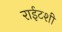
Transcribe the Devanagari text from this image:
राईटशी